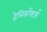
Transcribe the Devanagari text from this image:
हेलिकॉफ्टर्स